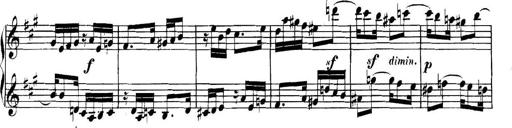
Title: Collected Piano Sonatas
Composer: Muzio Clementi